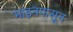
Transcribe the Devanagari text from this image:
माइनपासून